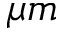
\mu m